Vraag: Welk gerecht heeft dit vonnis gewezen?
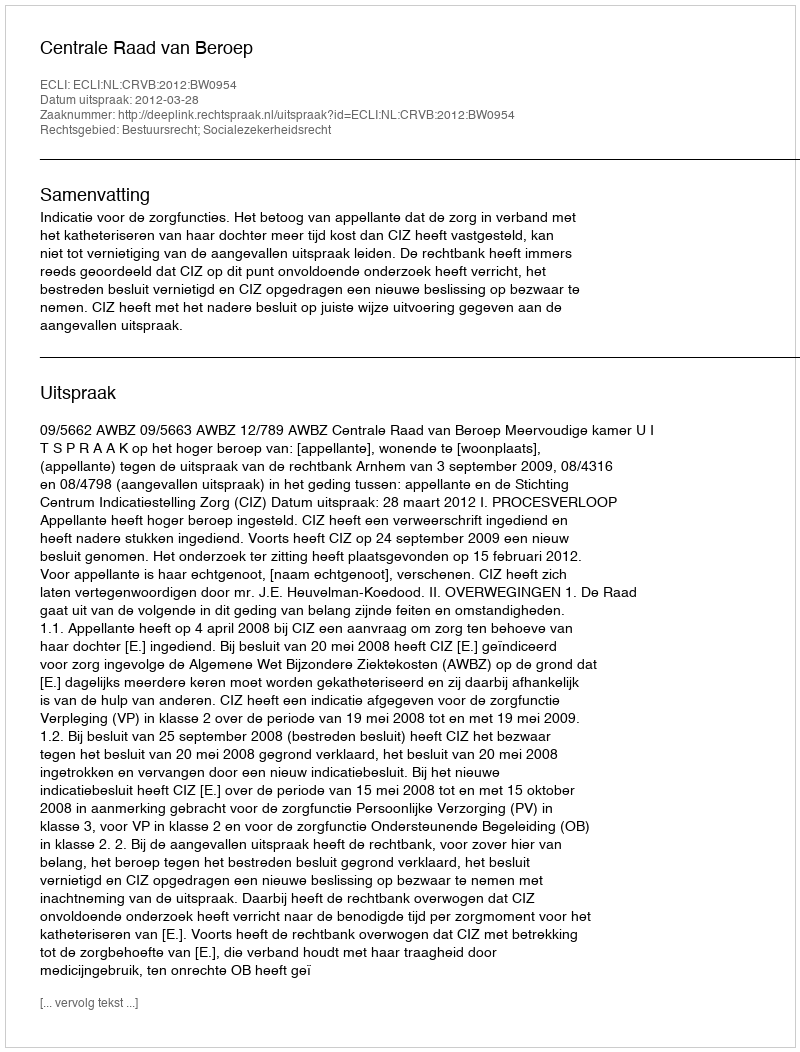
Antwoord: Centrale Raad van Beroep